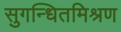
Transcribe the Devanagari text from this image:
सुगन्धितमिश्रण